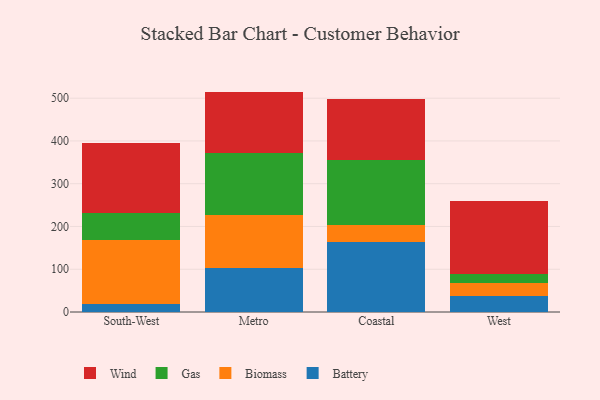
{"axis": {"x": "Region", "y": "Inventory Turnover"}, "legend": ["Battery", "Biomass", "Gas", "Wind"], "data": [{"x": "South-West", "y": 17.6, "type": "Battery"}, {"x": "South-West", "y": 150.6, "type": "Biomass"}, {"x": "South-West", "y": 63.3, "type": "Gas"}, {"x": "South-West", "y": 163.4, "type": "Wind"}, {"x": "Metro", "y": 102.4, "type": "Battery"}, {"x": "Metro", "y": 125.2, "type": "Biomass"}, {"x": "Metro", "y": 144.1, "type": "Gas"}, {"x": "Metro", "y": 143.7, "type": "Wind"}, {"x": "Coastal", "y": 164.1, "type": "Battery"}, {"x": "Coastal", "y": 39.8, "type": "Biomass"}, {"x": "Coastal", "y": 151.1, "type": "Gas"}, {"x": "Coastal", "y": 143.6, "type": "Wind"}, {"x": "West", "y": 37.0, "type": "Battery"}, {"x": "West", "y": 29.9, "type": "Biomass"}, {"x": "West", "y": 21.1, "type": "Gas"}, {"x": "West", "y": 172.1, "type": "Wind"}]}